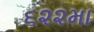
૬૨૨મા